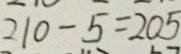
2 1 0 - 5 = 2 0 5